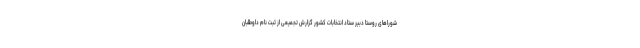
شوراهای روستا دبیر ستاد انتخابات کشور گزارش تجمیعی از ثبت نام داوطلبان